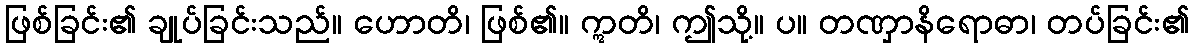
ဖြစ်ခြင်း၏ ချုပ်ခြင်းသည်။ ဟောတိ၊ ဖြစ်၏။ ဣတိ၊ ဤသို့။ ပ။ တဏှာနိရောဓာ၊ တပ်ခြင်း၏